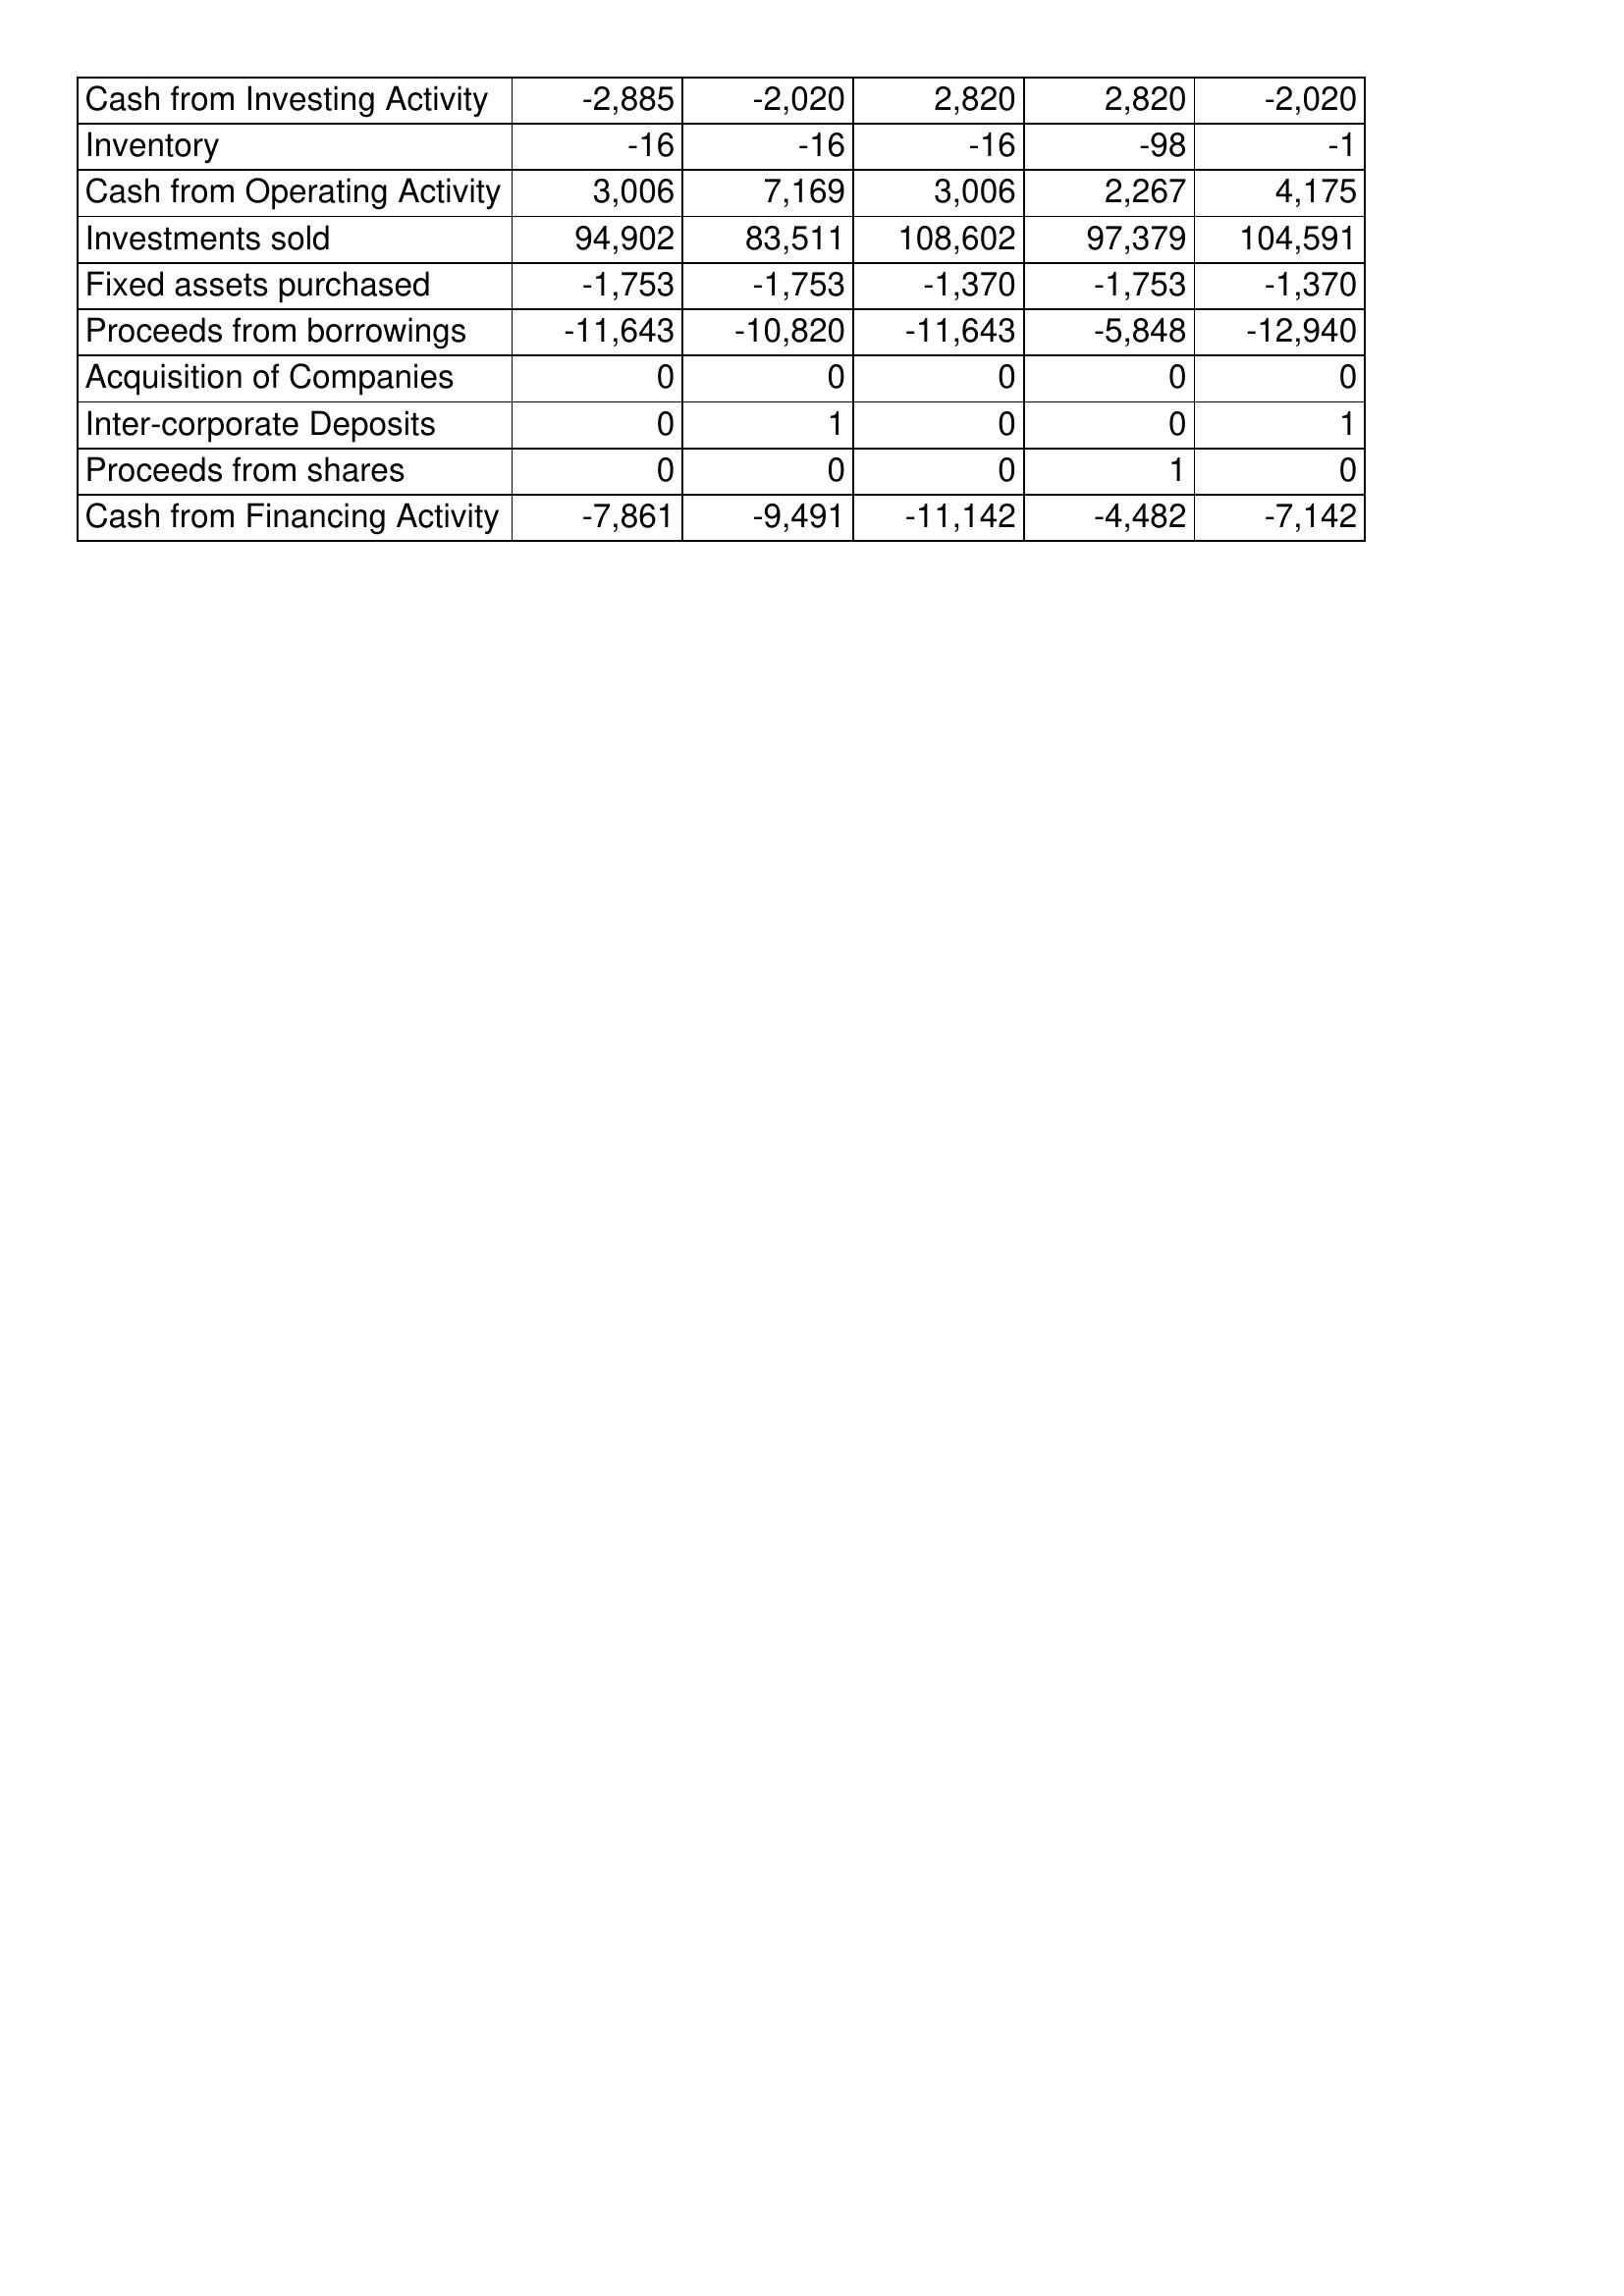
Sep-10: Cash Flows: Cash from Investing Activity: -2,885
Inventory: -16
Cash from Operating Activity: 3,006
Investments sold: 94,902
Fixed assets purchased: -1,753
Proceeds from borrowings: -11,643
Acquisition of Companies: 0
Inter-corporate Deposits: 0
Proceeds from shares: 0
Cash from Financing Activity: -7,861
Sep-11: Cash Flows: Cash from Investing Activity: -2,020
Inventory: -16
Cash from Operating Activity: 7,169
Investments sold: 83,511
Fixed assets purchased: -1,753
Proceeds from borrowings: -10,820
Acquisition of Companies: 0
Inter-corporate Deposits: 1
Proceeds from shares: 0
Cash from Financing Activity: -9,491
Sep-12: Cash Flows: Cash from Investing Activity: 2,820
Inventory: -16
Cash from Operating Activity: 3,006
Investments sold: 108,602
Fixed assets purchased: -1,370
Proceeds from borrowings: -11,643
Acquisition of Companies: 0
Inter-corporate Deposits: 0
Proceeds from shares: 0
Cash from Financing Activity: -11,142
Sep-13: Cash Flows: Cash from Investing Activity: 2,820
Inventory: -98
Cash from Operating Activity: 2,267
Investments sold: 97,379
Fixed assets purchased: -1,753
Proceeds from borrowings: -5,848
Acquisition of Companies: 0
Inter-corporate Deposits: 0
Proceeds from shares: 1
Cash from Financing Activity: -4,482
Sep-14: Cash Flows: Cash from Investing Activity: -2,020
Inventory: -1
Cash from Operating Activity: 4,175
Investments sold: 104,591
Fixed assets purchased: -1,370
Proceeds from borrowings: -12,940
Acquisition of Companies: 0
Inter-corporate Deposits: 1
Proceeds from shares: 0
Cash from Financing Activity: -7,142